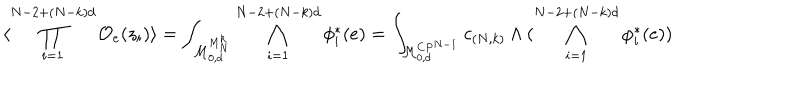
LaTeX: \langle \prod _ { i = 1 } ^ { N - 2 + ( N - k ) d } { \cal O } _ { e } ( z _ { i } ) \rangle = \int _ { { \cal M } _ { 0 , d } ^ { M _ { N } ^ { k } } } \bigwedge _ { i = 1 } ^ { N - 2 + ( N - k ) d } \phi _ { i } ^ { * } ( e ) = \int _ { { \cal M } _ { 0 , d } ^ { C P ^ { N - 1 } } } c _ { ( N , k ) } \wedge ( \bigwedge _ { i = 1 } ^ { N - 2 + ( N - k ) d } \varphi _ { i } ^ { * } ( e ) )